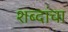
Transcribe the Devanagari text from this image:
शब्दांचा